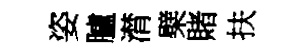
姿臚潸檗賭扶